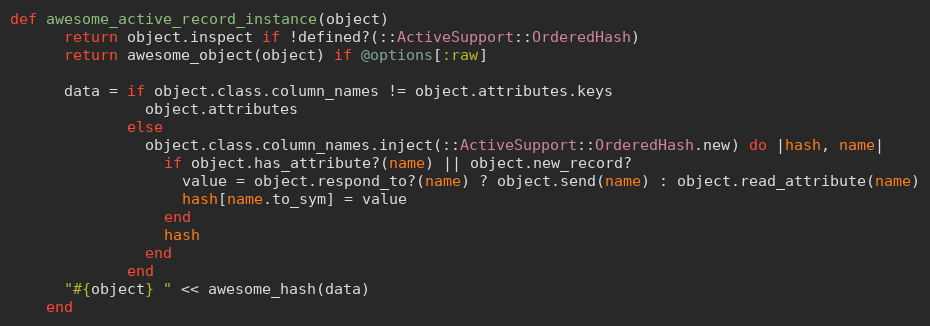
Language: Ruby
def awesome_active_record_instance(object)
      return object.inspect if !defined?(::ActiveSupport::OrderedHash)
      return awesome_object(object) if @options[:raw]

      data = if object.class.column_names != object.attributes.keys
               object.attributes
             else
               object.class.column_names.inject(::ActiveSupport::OrderedHash.new) do |hash, name|
                 if object.has_attribute?(name) || object.new_record?
                   value = object.respond_to?(name) ? object.send(name) : object.read_attribute(name)
                   hash[name.to_sym] = value
                 end
                 hash
               end
             end
      "#{object} " << awesome_hash(data)
    end